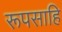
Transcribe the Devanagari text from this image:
रूपसाहि